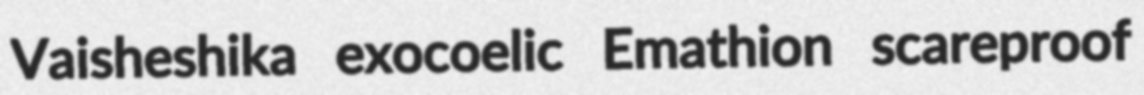
Vaisheshika exocoelic Emathion scareproof